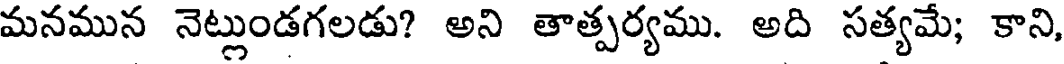
మనమున నెట్లుండగలడు? అని తాత్పర్యము. అది సత్యమే; కాని,